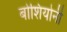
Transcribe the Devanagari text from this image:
बोशियोनी